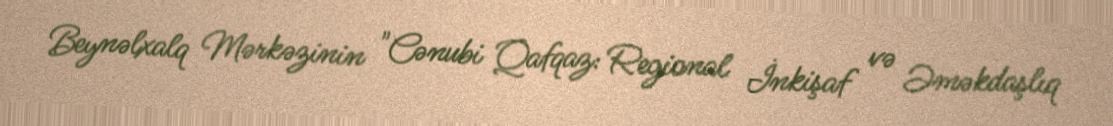
Beynəlxalq Mərkəzinin "Cənubi Qafqaz: Regional İnkişaf və Əməkdaşlıq